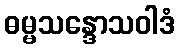
ဓမ္မသန္ဒောသဝါဒံ